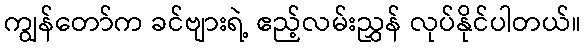
ကျွန်တော်က ခင်ဗျားရဲ့ ဧည့်လမ်းညွှန် လုပ်နိုင်ပါတယ်။